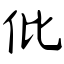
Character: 仳